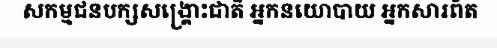
សកម្មជនបក្សសង្គ្រោះជាតិ អ្នកនយោបាយ អ្នកសារព័ត